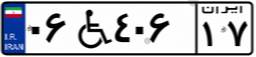
۰۶W۴۰۶۱۷